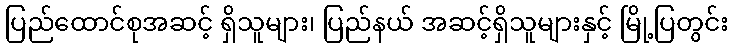
ပြည်ထောင်စုအဆင့် ရှိသူများ၊ ပြည်နယ် အဆင့်ရှိသူများနှင့် မြို့ပြတွင်း